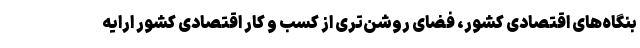
بنگاه‌های اقتصادی کشور، فضای روشن‌تری از کسب و کار اقتصادی کشور ارایه